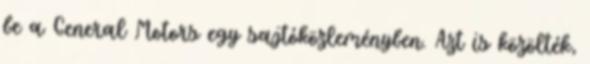
be a General Motors egy sajtóközleményben. Azt is közölték,